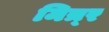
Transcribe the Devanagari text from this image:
मित्र्र